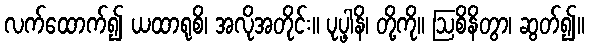
လက်ထောက်၍ ယထာရုစိ၊ အလိုအတိုင်း။ ပုပ္ဖါနိ၊ တို့ကို။ ဩစိနိတွာ၊ ဆွတ်၍။